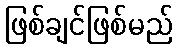
ဖြစ်ချင်ဖြစ်မည်